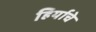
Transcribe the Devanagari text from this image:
हिर्याचे